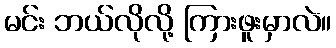
မင်း ဘယ်လိုလို့ ကြားဖူးမှာလဲ။